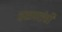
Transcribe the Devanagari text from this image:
वळणांची